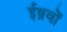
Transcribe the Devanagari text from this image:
ईष़वों